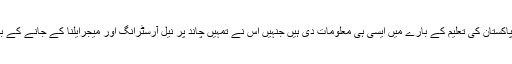
میں نے اس سے کہا’’مجھے امریکیوں پر اور تم پر رحم آتا ہے کہ میڈیا نے تم کوپاکستان کی تعلیم کے بارے میں ایسی ہی معلومات دی ہیں جنہیں اس نے تمہیں چاند پر نیل آرسٹرانگ اور میجرایلنا کے جانے کے بارے میں دی تھیں اور تم ان معلومات پرایمان لے آئے تھے اور ایمان لے آئے ہو‘‘۔